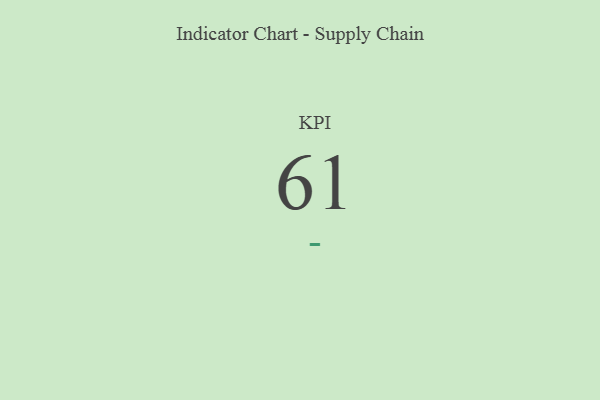
{"axis": {"x": "KPI", "y": "Value"}, "legend": [""], "data": [{"x": "KPI", "y": 61, "type": ""}]}